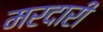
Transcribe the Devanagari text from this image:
मरदारी